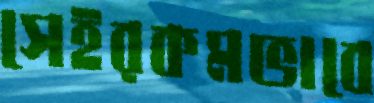
সেইরকমভাবে